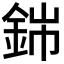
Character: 銟